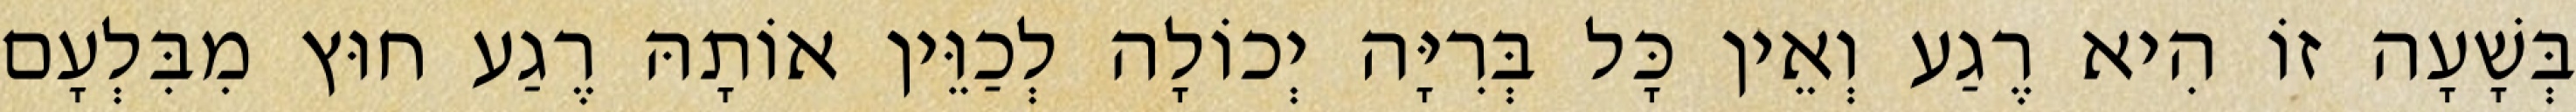
בְּשָׁעָה זוֹ הִיא רֶגַע וְאֵין כָּל בְּרִיָּה יְכוֹלָה לְכַוֵּין אוֹתָהּ רֶגַע חוּץ מִבִּלְעָם